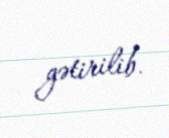
gətirilib.